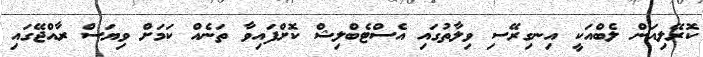
ކޮރޭލިއަން ލެބްއަކީ އިނގިރޭސި ވިލާތުގައި އެސްޓެބްލިޝް ކޮށްފައިވާ ތަނެއް ކަމަށް ވިޔަސް ރާއްޖޭގައި